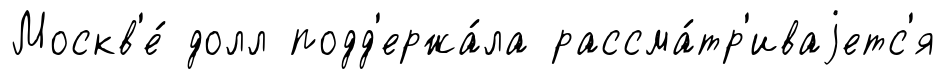
Москв'е́ долл подд'ержа́ла рассма́тр'иваjетс'я